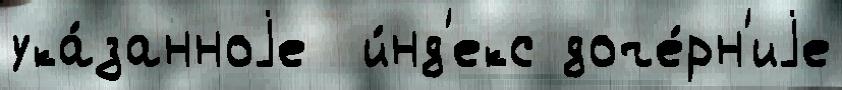
ука́занноjе  и́нд'екс доче́рн'иjе